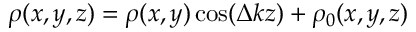
\rho ( x , y , z ) = \rho ( x , y ) \cos ( \Delta k z ) + \rho _ { 0 } ( x , y , z )